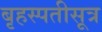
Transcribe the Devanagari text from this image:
बृहस्पतीसूत्र